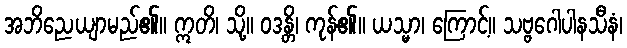
အဘိညေယျာမည်၏။ ဣတိ၊ သို့။ ဝဒန္တိ၊ ကုန်၏။ ယသ္မာ၊ ကြောင့်။ သဗ္ဗဂေါပါနသီနံ၊